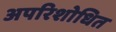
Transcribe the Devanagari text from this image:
अपरिशोधित